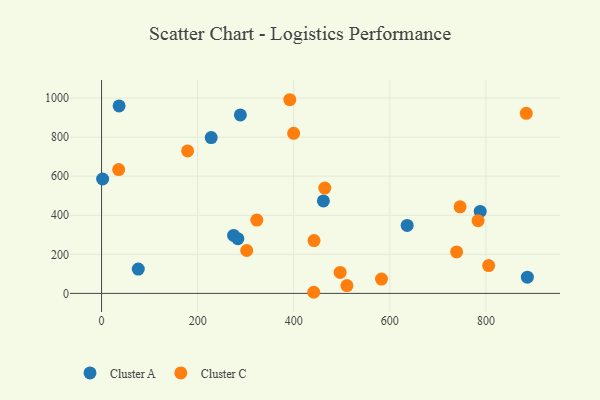
{"axis": {"x": "Engine Size", "y": "Demand"}, "legend": ["Cluster A", "Cluster C"], "data": [{"x": "76.4", "y": 124.4, "type": "Cluster A"}, {"x": "36.5", "y": 959.5, "type": "Cluster A"}, {"x": "2.2", "y": 585.6, "type": "Cluster A"}, {"x": "886.3", "y": 83.2, "type": "Cluster A"}, {"x": "788.1", "y": 419.6, "type": "Cluster A"}, {"x": "274.8", "y": 296.6, "type": "Cluster A"}, {"x": "461.7", "y": 473.3, "type": "Cluster A"}, {"x": "228.2", "y": 797.7, "type": "Cluster A"}, {"x": "288.9", "y": 913.5, "type": "Cluster A"}, {"x": "283.7", "y": 280.0, "type": "Cluster A"}, {"x": "636.1", "y": 348.1, "type": "Cluster A"}, {"x": "746.2", "y": 443.0, "type": "Cluster C"}, {"x": "582.7", "y": 73.5, "type": "Cluster C"}, {"x": "805.7", "y": 142.4, "type": "Cluster C"}, {"x": "179.1", "y": 729.3, "type": "Cluster C"}, {"x": "391.8", "y": 991.4, "type": "Cluster C"}, {"x": "442.2", "y": 270.2, "type": "Cluster C"}, {"x": "739.0", "y": 212.2, "type": "Cluster C"}, {"x": "510.7", "y": 40.2, "type": "Cluster C"}, {"x": "441.6", "y": 5.7, "type": "Cluster C"}, {"x": "399.8", "y": 819.2, "type": "Cluster C"}, {"x": "496.6", "y": 107.3, "type": "Cluster C"}, {"x": "323.1", "y": 375.4, "type": "Cluster C"}, {"x": "783.7", "y": 372.2, "type": "Cluster C"}, {"x": "302.1", "y": 219.6, "type": "Cluster C"}, {"x": "884.0", "y": 922.0, "type": "Cluster C"}, {"x": "35.6", "y": 633.9, "type": "Cluster C"}, {"x": "464.6", "y": 539.3, "type": "Cluster C"}]}